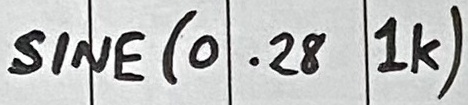
Text: SINE(0..28 1K)